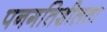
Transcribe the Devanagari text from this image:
पनगतिशीलता